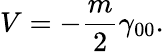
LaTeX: V=-\frac{m}2\gamma_{00}.